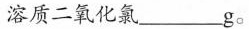
溶质二氧化氯___g。